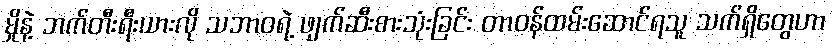
မှိုနဲ့ ဘက်တီးရီးယားလို သဘာဝရဲ့ ဖျက်ဆီးစားသုံးခြင်း တာဝန်ထမ်းဆောင်ရသူ သက်ရှိတွေဟာ